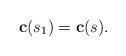
\begin{align*}\bold{c}(s_{1}) = \bold{c}(s).\end{align*}